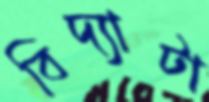
বিদ্যাটা